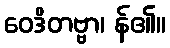
ဝေဒိတဗ္ဗာ၊ န်၏။